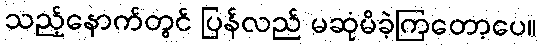
သည့်နောက်တွင် ပြန်လည် မဆုံမိခဲ့ကြတော့ပေ။